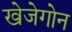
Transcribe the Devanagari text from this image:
खेजेगोन